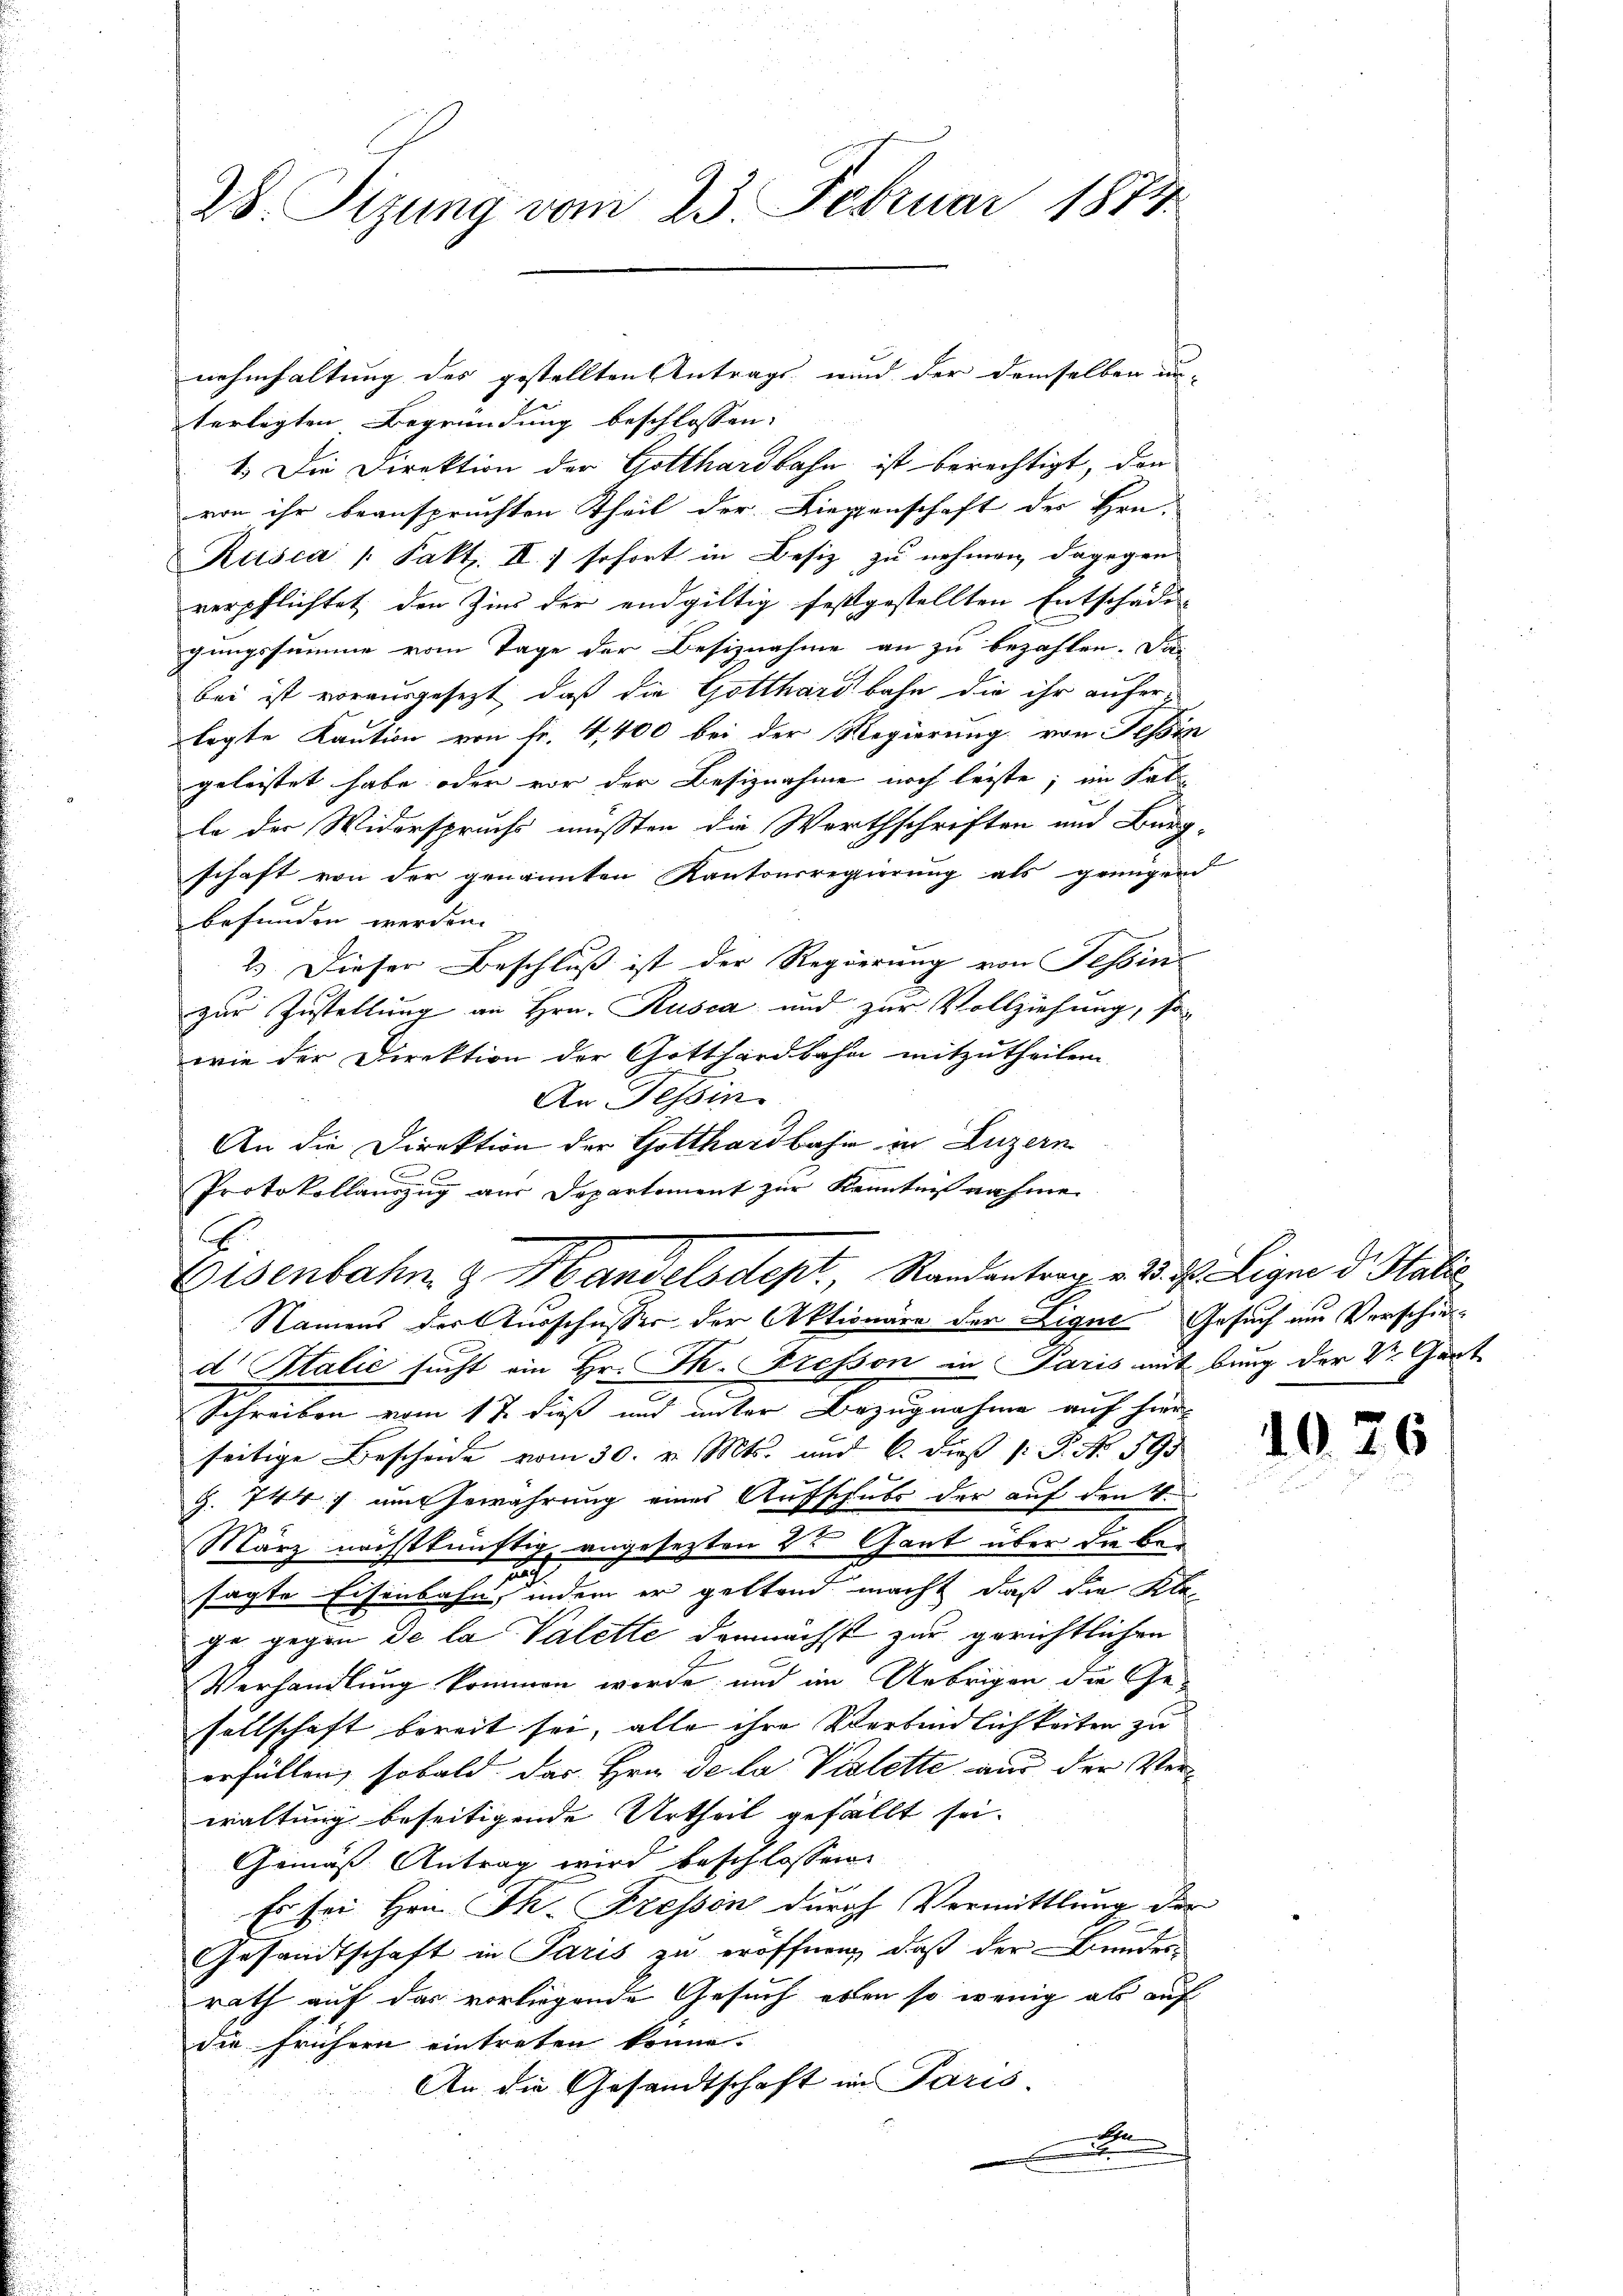
28. Sizung vom 23. Februar 1874.

nehmhaltung des gestellten Antrags- und der demselben un-
terlegten Begründung beschlossen:
1.) Die Direktion der Gotthardbahn ist berechtigt, den
von ihr beanspruchten Theil der Liegenschaft der Hrn.
Reisca /: Fakt. II.) sofort in Besiz zu nehmen, dagegen
verpflichtet den Zins der endgültig festgestellten Entschädi
gungssumme vom Tage der Besiznahme an zu bezahlen. Das
bei ist vorausgesezt, daß die Gotthardbahn die ihr auferlegte Kaution von fr. 4,400 bei der Regierung von Tessin
geleistet habe oder vor der Besiznahme noch leiste; im Sal
le der Widerspruchs mussten die Werthschriften und Burg-
schaft von der genannten Kantonsregierung als genügend
befunden werden.
23. Dieser Beschluß ist der Regierung von Tessin
zur Zustellung an Hrn. Rusca und zur Vollziehung, so-
wie der Direktion der Gotthardbahn mitzutheilen.
An Tessin.
An die Direktion der Gotthardbahn in Luzern
E
Protokollauszug aus Departement zur Kenntnißnahme

Eisenbahn & Handelsdept, Randantrag v. 3. d. Ligen dr Italie
Namens der Ausschusser der Aktionäre der Ligue Gesuch am Verschie¬

d Italić sucht ein Hr. Th. resson in Paris mit bung der Vr. Gart
Schreiben vom 17. dieß und unter Bezugnahme auf hier
seitige Bescheide vom 30. v. Mts. und 6. dieß P. No. 595
Z. 744. um Gewahrung eines Aufschubs der auf den 4.
März nächstkünftig angesezten 2 Gant über die be¬
2.
sagte Eisenbahn, indem er gestand macht, daß die Klage gegen de la Valette demnächst zur gerichtlichen
Verhandlung kommen werde, und im Uebrigen die Ge-
sellschaft bereit sei, alle ihre Verbindlichkeiten zu
erfüllen, sobald das Hrn. de la Violette aus der Verwaltung beseitigende Urtheil gefällt sei.
Gemäß Antrag wird beschlossen.
Es sei Hrn. Th. Fressen durch Vermittlung der
Gesandtschaft in Paris zu eröffnen, daß der Bunderrath auf das vorliegende Gesuch eben so wenig als auf
die frühern eintreten könne.
An die Gesandtschaft in Paris
.

1026